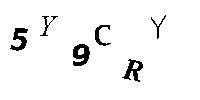
5Y9CRY